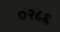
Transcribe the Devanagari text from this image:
०२८६